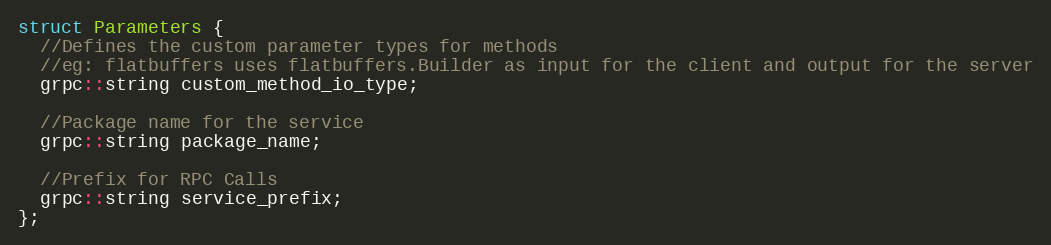
Language: C
struct Parameters {
  //Defines the custom parameter types for methods
  //eg: flatbuffers uses flatbuffers.Builder as input for the client and output for the server
  grpc::string custom_method_io_type;

  //Package name for the service
  grpc::string package_name;

  //Prefix for RPC Calls
  grpc::string service_prefix;
};